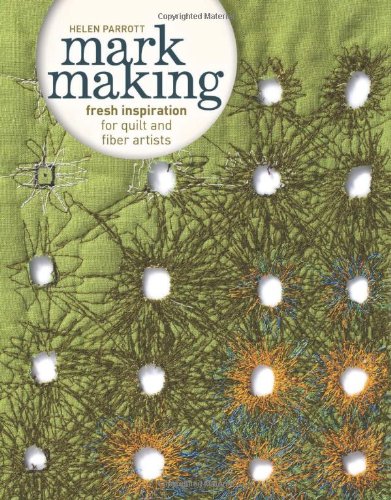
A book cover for Mark Making: Fresh Inspiration for Quilt and Fiber Artists; Helen Parrott; Crafts, Hobbies & Home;